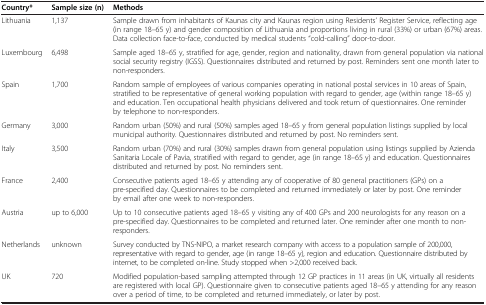
<table><thead><tr><td><b>Country*</b></td><td><b>Sample size (n)</b></td><td><b>Methods</b></td></tr></thead><tbody><tr><td>Lithuania</td><td>1,137</td><td>Sample drawn from inhabitants of Kaunas city and Kaunas region using Residents’ Register Service, reflecting age (in range 18–65 y) and gender composition of Lithuania and proportions living in rural (33%) or urban (67%) areas. Data collection face-to-face, conducted by medical students “cold-calling” door-to-door.</td></tr><tr><td>Luxembourg</td><td>6,498</td><td>Sample aged 18–65 y, stratified for age, gender, region and nationality, drawn from general population via national social security registry (IGSS). Questionnaires distributed and returned by post. Reminders sent one month later to non-responders.</td></tr><tr><td>Spain</td><td>1,700</td><td>Random sample of employees of various companies operating in national postal services in 10 areas of Spain, stratified to be representative of general working population with regard to gender, age (within range 18–65 y) and education. Ten occupational health physicians delivered and took return of questionnaires. One reminder by telephone to non-responders.</td></tr><tr><td>Germany</td><td>3,000</td><td>Random urban (50%) and rural (50%) samples aged 18–65 y from general population listings supplied by local municipal authority. Questionnaires distributed and returned by post. No reminders sent.</td></tr><tr><td>Italy</td><td>3,500</td><td>Random urban (70%) and rural (30%) samples drawn from general population using listings supplied by Azienda Sanitaria Locale of Pavia, stratified with regard to gender, age (in range 18–65 y) and education. Questionnaires distributed and returned by post. No reminders sent.</td></tr><tr><td>France</td><td>2,400</td><td>Consecutive patients aged 18–65 y attending any of cooperative of 80 general practitioners (GPs) on a pre-specified day. Questionnaires to be completed and returned immediately or later by post. One reminder by email after one week to non-responders.</td></tr><tr><td>Austria</td><td>up to 6,000</td><td>Up to 10 consecutive patients aged 18–65 y visiting any of 400 GPs and 200 neurologists for any reason on a pre-specified day. Questionnaires to be completed and returned later. One reminder after one month to non-responders.</td></tr><tr><td>Netherlands</td><td>unknown</td><td>Survey conducted by TNS-NIPO, a market research company with access to a population sample of 200,000, representative with regard to gender, age (in range 18–65 y), region and education. Questionnaire distributed by internet, to be completed on-line. Study stopped when &gt;2,000 received back.</td></tr><tr><td>UK</td><td>720</td><td>Modified population-based sampling attempted through 12 GP practices in 11 areas (in UK, virtually all residents are registered with local GP). Questionnaire given to consecutive patients aged 18–65 y attending for any reason over a period of time, to be completed and returned immediately, or later by post.</td></tr></tbody></table>